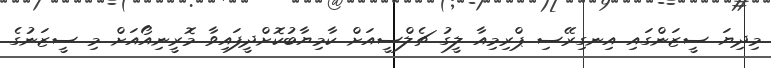
މިދިޔަ ސީޒަންގައި އިނގިރޭސި ޕްރިމިއާ ލީގު ޗެލްސީއަށް ކާމިޔާބުކޮށްދީފައިވާ މޮރީނިއޯއަށް މި ސީޒަނުގެ